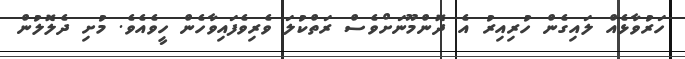
ހަރުވާޅެއް ލައިގެން ހުރިއިރު އެ ދޮންމޫނަށްވެސް ރަތްކުލަ ވެރިވެފައިވާހެން ހީވެއެވެ. މުށި ދެލޮލުން